画像に写った文字を読んでください
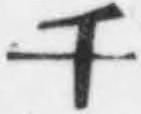
「千」と書いてあります